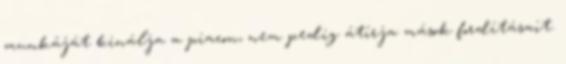
munkáját kinálja a piacon, nem pedig átírja mások fordításait.